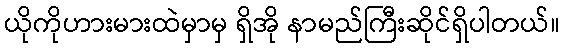
ယိုကိုဟားမားထဲမှာမှ ရှိအို နာမည်ကြီးဆိုင်ရှိပါတယ်။